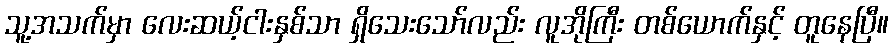
သူ့အသက်မှာ လေးဆယ့်ငါးနှစ်သာ ရှိသေးသော်လည်း လူအိုကြီး တစ်ယောက်နှင့် တူနေပြီ။